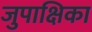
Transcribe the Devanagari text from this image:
जुपाक्षिका